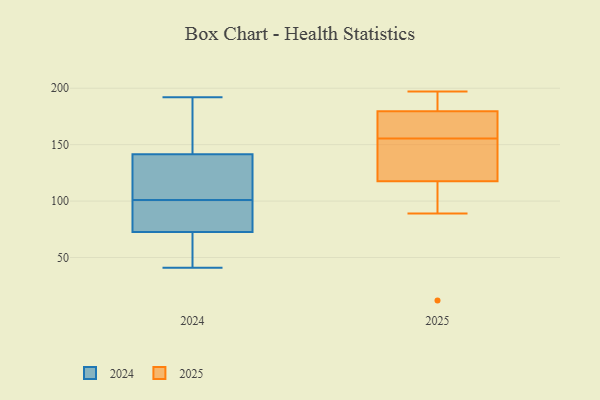
{"axis": {"x": "Production Output", "y": "Value"}, "legend": ["2024", "2025"], "data": [{"x": "", "y": 61, "type": "2024"}, {"x": "", "y": 84, "type": "2024"}, {"x": "", "y": 107, "type": "2024"}, {"x": "", "y": 172, "type": "2024"}, {"x": "", "y": 80, "type": "2024"}, {"x": "", "y": 192, "type": "2024"}, {"x": "", "y": 146, "type": "2024"}, {"x": "", "y": 70, "type": "2024"}, {"x": "", "y": 90, "type": "2024"}, {"x": "", "y": 53, "type": "2024"}, {"x": "", "y": 57, "type": "2024"}, {"x": "", "y": 102, "type": "2024"}, {"x": "", "y": 185, "type": "2024"}, {"x": "", "y": 173, "type": "2024"}, {"x": "", "y": 87, "type": "2024"}, {"x": "", "y": 41, "type": "2024"}, {"x": "", "y": 101, "type": "2024"}, {"x": "", "y": 125, "type": "2024"}, {"x": "", "y": 128, "type": "2024"}, {"x": "", "y": 177, "type": "2025"}, {"x": "", "y": 173, "type": "2025"}, {"x": "", "y": 177, "type": "2025"}, {"x": "", "y": 129, "type": "2025"}, {"x": "", "y": 138, "type": "2025"}, {"x": "", "y": 197, "type": "2025"}, {"x": "", "y": 110, "type": "2025"}, {"x": "", "y": 89, "type": "2025"}, {"x": "", "y": 12, "type": "2025"}, {"x": "", "y": 182, "type": "2025"}, {"x": "", "y": 184, "type": "2025"}, {"x": "", "y": 125, "type": "2025"}]}